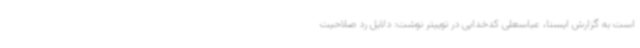
است به گزارش ایسنا، عباسعلی کدخدایی در توییتر نوشت: دلایل رد صلاحیت